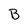
Character: B